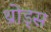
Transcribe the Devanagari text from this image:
थ्रोड्स